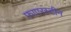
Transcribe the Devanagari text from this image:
फाएरस्टीन